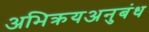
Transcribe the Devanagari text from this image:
अभिक्रयअनुबंध